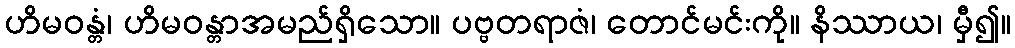
ဟိမဝန္တံ၊ ဟိမဝန္တာအမည်ရှိသော။ ပဗ္ဗတရာဇံ၊ တောင်မင်းကို။ နိဿာယ၊ မှီ၍။